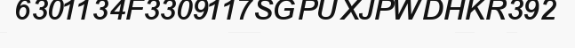
6301134F3309117SGPUXJPWDHKR392